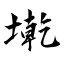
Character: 墘